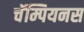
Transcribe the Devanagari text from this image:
चॅम्पियनस